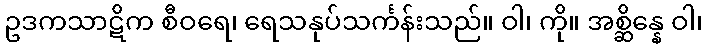
ဥဒကသာဋိက စီဝရေ၊ ရေသနုပ်သင်္ကန်းသည်။ ဝါ၊ ကို။ အစ္ဆိန္နေ ဝါ၊